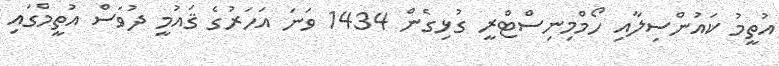
އުތީމު ކައުންސިލާއި ހޯމްމިނިސްޓްރީ ގުޅިގެން 1434 ވަނަ އަހަރުގެ ޤައުމީ ދުވަސް އުތީމްގައި